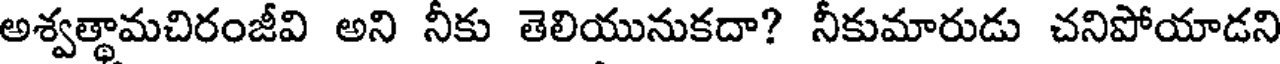
అశ్వత్థామచిరంజీవి అని నీకు తెలియునుకదా? నీకుమారుడు చనిపోయాడని